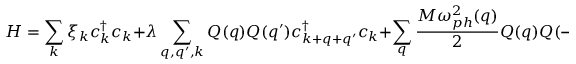
H = \sum _ { k } \xi _ { k } c _ { k } ^ { \dag } c _ { k } + \lambda \sum _ { q , q ^ { \prime } , k } Q ( q ) Q ( q ^ { \prime } ) c _ { k + q + q ^ { \prime } } ^ { \dag } c _ { k } + \sum _ { q } \frac { M \omega _ { p h } ^ { 2 } ( q ) } { 2 } Q ( q ) Q ( - q ) + \frac { 1 } { 2 M } P ( q ) P ( - q ) .